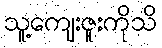
သူ့ကျေးဇူးကိုသိ